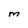
Character: M